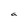
Character: a